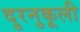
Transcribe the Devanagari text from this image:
दुरनुकूली